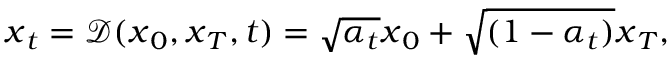
\begin{array} { r } { \boldsymbol { x } _ { t } = \mathcal { D } ( \boldsymbol { x } _ { 0 } , \boldsymbol { x } _ { T } , t ) = \sqrt { \alpha _ { t } } \boldsymbol { x } _ { 0 } + \sqrt { ( 1 - \alpha _ { t } ) } \boldsymbol { x } _ { T } , } \end{array}